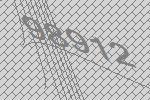
98912